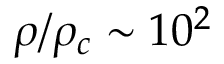
\rho / \rho _ { c } \sim 1 0 ^ { 2 }